Indian journal of veterinary science and animal husbandry - Volume 1,
Year: 1931
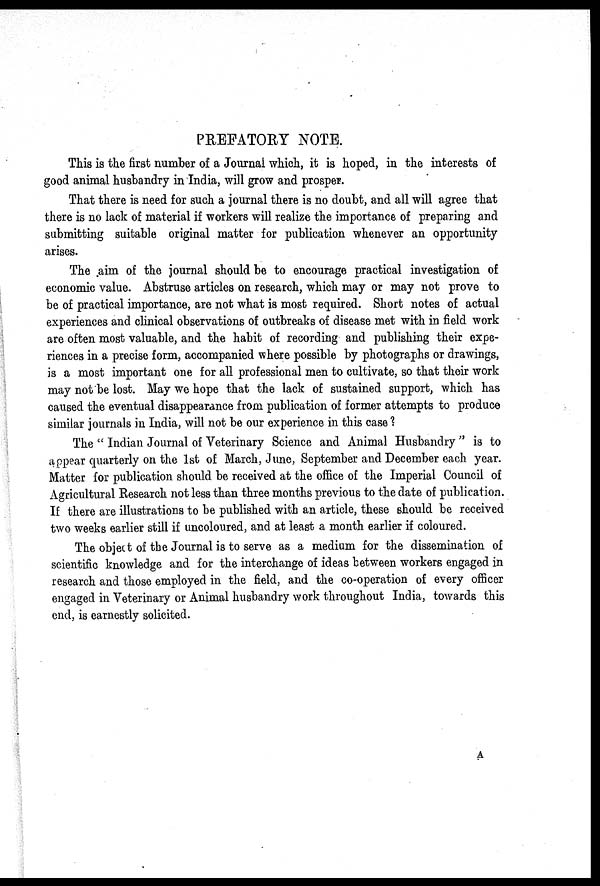
PREFATORY NOTE.
This is the first number of a Journal which, it is hoped, in the interests of
good animal husbandry in India, will grow and prosper.
That there is need for such a journal there is no doubt, and all will agree that
there is no lack of material if workers will realize the importance of preparing and
submitting suitable original matter for publication whenever an opportunity
arises.
The aim of the journal should be to encourage practical investigation of
economic value. Abstruse articles on research, which may or may not prove to
be of practical importance, are not what is most required. Short notes of actual
experiences and clinical observations of outbreaks of disease met with in field work
are often most valuable, and the habit of recording and publishing their expe-
riences in a precise form, accompanied where possible by photographs or drawings,
is a most important one for all professional men to cultivate, so that their work
may not be lost. May we hope that the lack of sustained support, which has
caused the eventual disappearance from publication of former attempts to produce
similar journals in India, will not be our experience in this case ?
The " Indian Journal of Veterinary Science and Animal Husbandry " is to
appear quarterly on the 1st of March, June, September and December each year.
Matter for publication should be received at the office of the Imperial Council of
Agricultural Research not less than three months previous to the date of publication.
If there are illustrations to be published with an article, these should be received
two weeks earlier still if uncoloured, and at least a month earlier if coloured.
The object of the Journal is to serve as a medium for the dissemination of
scientific knowledge and for the interchange of ideas between workers engaged in
research and those employed in the field, and the co-operation of every officer
engaged in Veterinary or Animal husbandry work throughout India, towards this
end, is earnestly solicited.
A